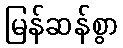
မြန်ဆန်စွာ